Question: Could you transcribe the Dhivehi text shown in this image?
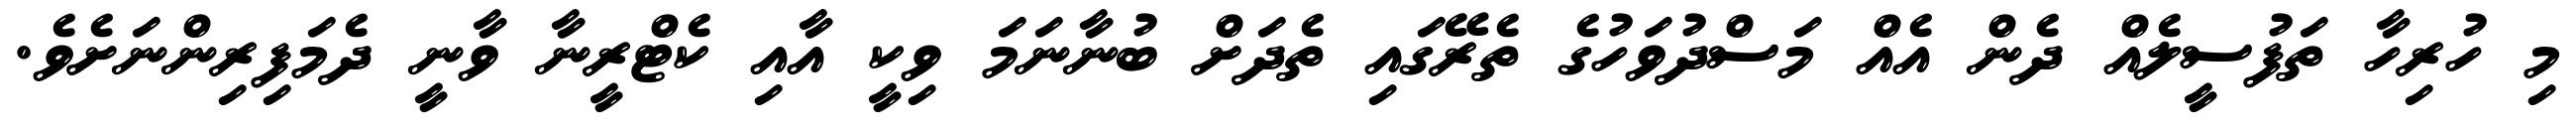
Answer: މި ހުރިހާ ތަފުސީލެއް ދެން އެއް މަސްދުވަހުގެ ތެރޭގައި ތެދަށް ބުނާނަމަ ވިކީ އާއި ކެޓްރީނާ ވާނީ ދެމަފިރިންނަށެވެ.